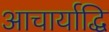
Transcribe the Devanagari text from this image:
आचार्याद्धि